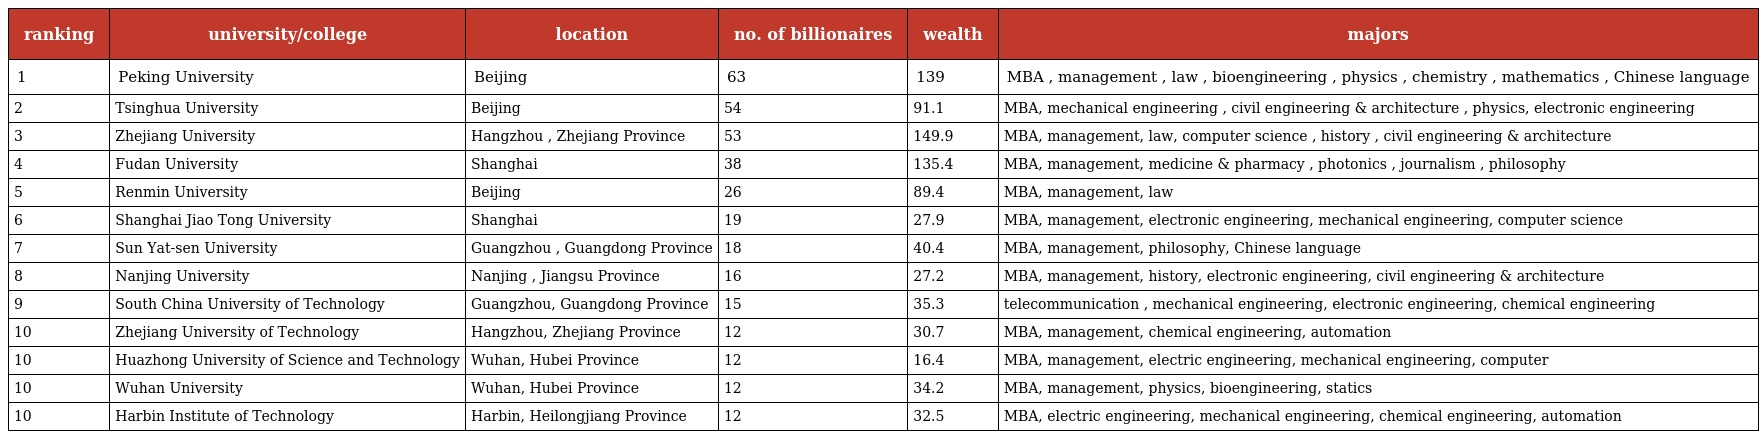
| ranking | university/college | location | no. of billionaires | wealth | majors |
 | --- | --- | --- | --- | --- | --- |
 | 1 | Peking University | Beijing | 63 | 139 | MBA , management , law , bioengineering , physics , chemistry , mathematics , Chinese language |
 | 2 | Tsinghua University | Beijing | 54 | 91.1 | MBA, mechanical engineering , civil engineering & architecture , physics, electronic engineering |
 | 3 | Zhejiang University | Hangzhou , Zhejiang Province | 53 | 149.9 | MBA, management, law, computer science , history , civil engineering & architecture |
 | 4 | Fudan University | Shanghai | 38 | 135.4 | MBA, management, medicine & pharmacy , photonics , journalism , philosophy |
 | 5 | Renmin University | Beijing | 26 | 89.4 | MBA, management, law |
 | 6 | Shanghai Jiao Tong University | Shanghai | 19 | 27.9 | MBA, management, electronic engineering, mechanical engineering, computer science |
 | 7 | Sun Yat-sen University | Guangzhou , Guangdong Province | 18 | 40.4 | MBA, management, philosophy, Chinese language |
 | 8 | Nanjing University | Nanjing , Jiangsu Province | 16 | 27.2 | MBA, management, history, electronic engineering, civil engineering & architecture |
 | 9 | South China University of Technology | Guangzhou, Guangdong Province | 15 | 35.3 | telecommunication , mechanical engineering, electronic engineering, chemical engineering |
 | 10 | Zhejiang University of Technology | Hangzhou, Zhejiang Province | 12 | 30.7 | MBA, management, chemical engineering, automation |
 | 10 | Huazhong University of Science and Technology | Wuhan, Hubei Province | 12 | 16.4 | MBA, management, electric engineering, mechanical engineering, computer |
 | 10 | Wuhan University | Wuhan, Hubei Province | 12 | 34.2 | MBA, management, physics, bioengineering, statics |
 | 10 | Harbin Institute of Technology | Harbin, Heilongjiang Province | 12 | 32.5 | MBA, electric engineering, mechanical engineering, chemical engineering, automation |